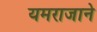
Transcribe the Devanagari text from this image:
यमराजाने